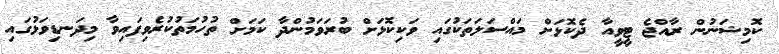
ކޮމިޝަނުން ރާއްޖެ ޓީވީއާ ދެކޮޅަށް މައްސަލަތަކުގައި ވަކިކޮޅަށް ބުރަވަމުންދާ ކަމަށް ތުހުމަތުކުރެވިފައިވާ މިދަނޑިވަޅުގައި